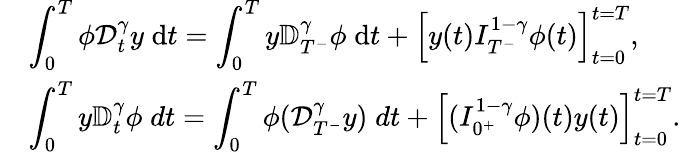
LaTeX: \begin{array}{lll}&{\displaystyle\int_{0}^{T}\phi{\mathcal D}_{t}^{\gamma}y\; \mathrm{d}t=\int_{0}^{T}y{\mathbb D}_{T^{-}}^{\gamma}\phi\; \mathrm{d}t+\left[y(t)I_{T^{-}}^{1-\gamma}\phi(t)\right]_{t=0}^{t=T},}\\ &{\displaystyle\int_{0}^{T}y{\mathbb D}_{t}^{\gamma}\phi\; dt=\displaystyle\int_{0}^{T}\phi({\mathcal D}_{T^{-}}^{\gamma}y)\; dt+\left[(I_{0^{+}}^{1-\gamma}\phi)(t)y(t)\right]_{t=0}^{t=T}.}\end{array}